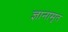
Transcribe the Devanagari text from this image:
ज्ञानामृत